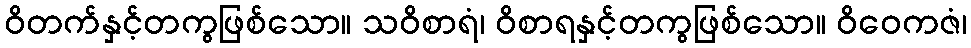
ဝိတက်နှင့်တကွဖြစ်သော။ သဝိစာရံ၊ ဝိစာရနှင့်တကွဖြစ်သော။ ဝိဝေကဇံ၊